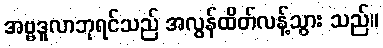
အဗ္ဗဒူလာဘုရင်သည် အလွန်ထိတ်လန့်သွား သည်။